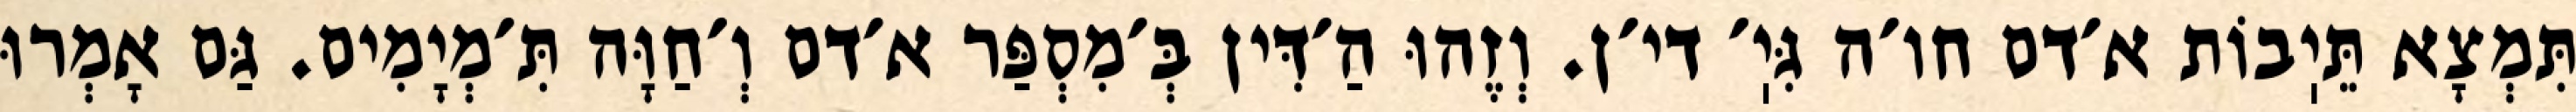
תִּמְצָא תֵּיֽבוֹת א׳דם חו׳ה גִּיֽ׳ די׳ן. וְזֶהוּ הַ׳דִּין בְּ׳מִסְפַּר א׳דם וְ׳חַוָּה תִּ׳מְיָמִים. גַּם אָמְרוּ